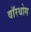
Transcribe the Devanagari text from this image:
वॉरथोग